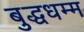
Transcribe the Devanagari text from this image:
बुद्धधम्म